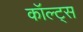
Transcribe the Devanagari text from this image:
कॉल्ट्स